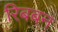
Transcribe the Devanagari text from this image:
रिबबन